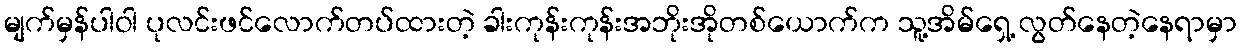
မျက်မှန်ပါဝါ ပုလင်းဖင်လောက်တပ်ထားတဲ့ ခါးကုန်းကုန်းအဘိုးအိုတစ်ယောက်က သူ့အိမ်ရှေ့ လွတ်နေတဲ့နေရာမှာ